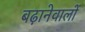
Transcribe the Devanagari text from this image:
बढ़ानेवालों